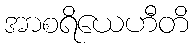
အာစရိယေဟီတိ